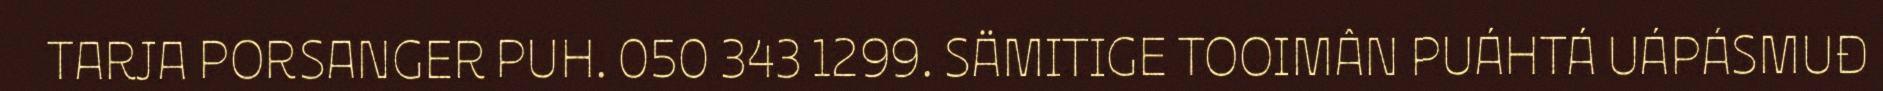
TARJA PORSANGER PUH. 050 343 1299. SÄMITIGE TOOIMÂN PUÁHTÁ UÁPÁSMUĐ